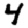
Digit: 4